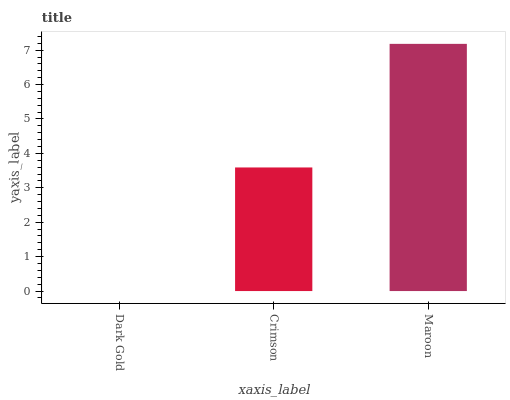
| xaxis_label | bars |
 | --- | --- |
 | Dark Gold | 0 |
 | Crimson | 3.59 |
 | Maroon | 7.18 |